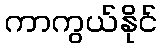
ကာကွယ်နိုင်